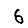
Digit: 6